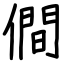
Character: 僴